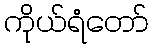
ကိုယ်ရံတော်